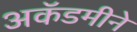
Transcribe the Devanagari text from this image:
अकॅडमीने